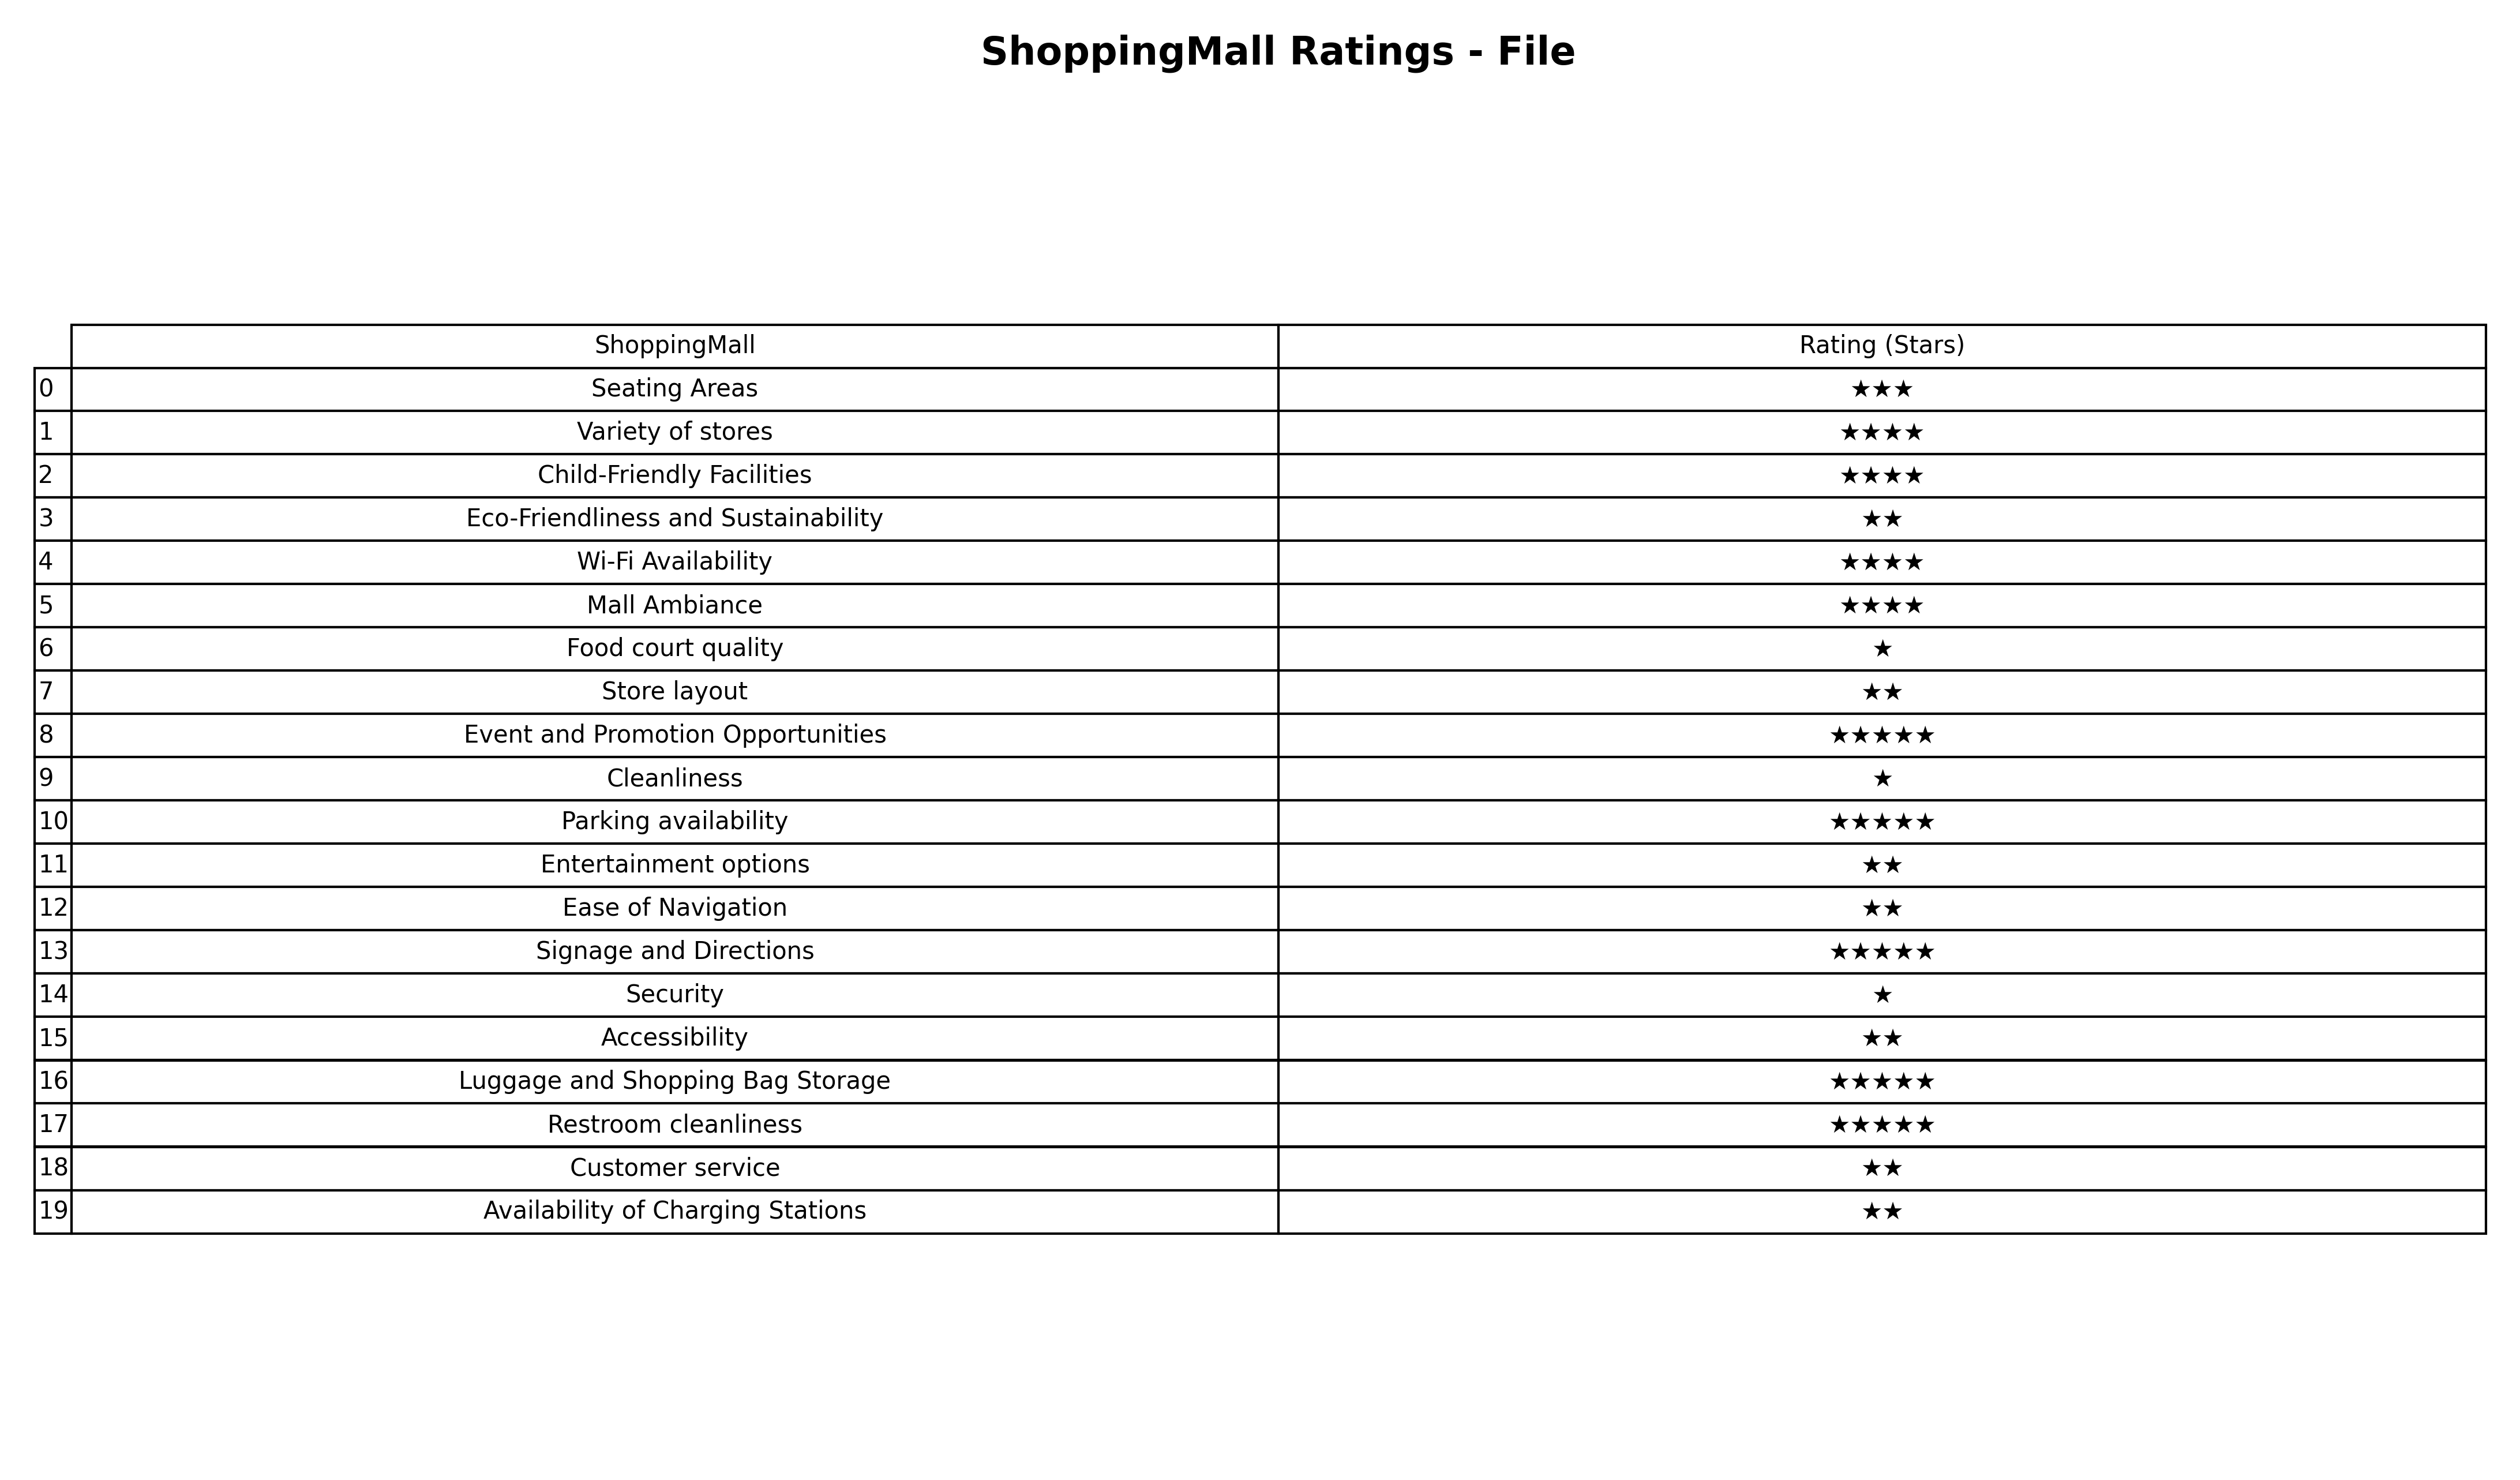
question: What is the rating of Mall Ambiance?
answer: ★★★★